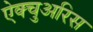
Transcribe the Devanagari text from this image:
ऐक्चुअरिस